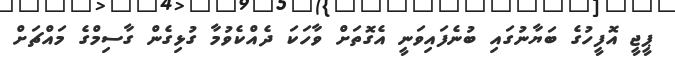
ޕީޖީ އޮފީހުގެ ބަޔާނުގައި ބުނެފައިވަނީ އެގޮތަށް ވާހަކަ ދެއްކެވުމާ ގުޅިގެން ގާސިމްގެ މައްޗަށް